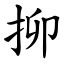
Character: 㧕